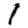
Digit: 1